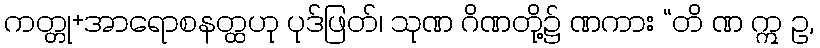
ကတ္တု+အာရောစနတ္ထဟု ပုဒ်ဖြတ်၊ သုဏ ဂိဏတို့၌ ဏကား “တိ ဏ ဣ ဥ,